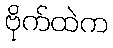
ဗိုက်ထဲက